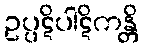
ဥပ္ပဋိပါဋိကန္တိ